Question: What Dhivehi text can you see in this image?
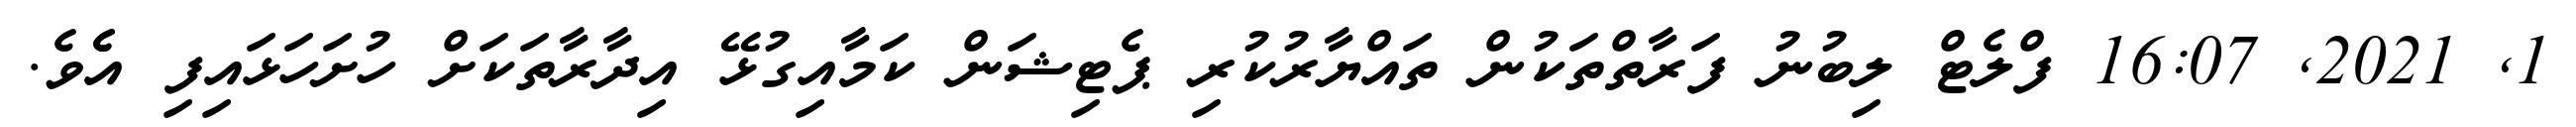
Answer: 1, 2021, 16:07 ފްލެޓް ލިބުނު ފަރާތްތަކުން ތައްޔާރުކުރި ޕެޓިޝަން ކަމާއިގުޅޭ އިދާރާތަކަށް ހުށަހަޅައިފި އެެވެ.